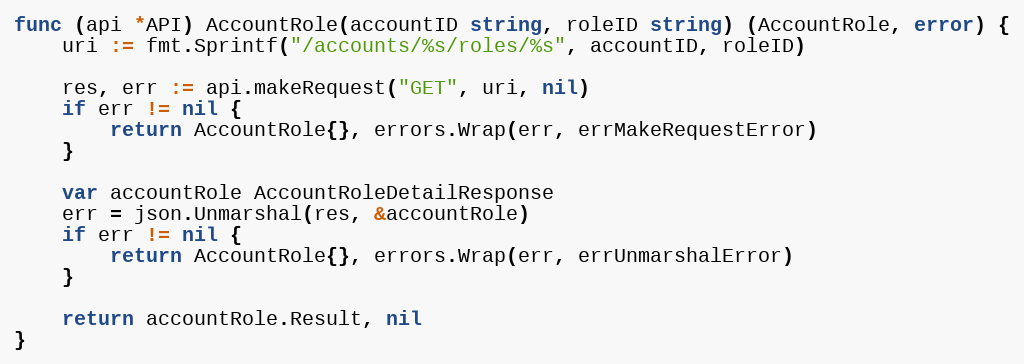
Language: Go
func (api *API) AccountRole(accountID string, roleID string) (AccountRole, error) {
	uri := fmt.Sprintf("/accounts/%s/roles/%s", accountID, roleID)

	res, err := api.makeRequest("GET", uri, nil)
	if err != nil {
		return AccountRole{}, errors.Wrap(err, errMakeRequestError)
	}

	var accountRole AccountRoleDetailResponse
	err = json.Unmarshal(res, &accountRole)
	if err != nil {
		return AccountRole{}, errors.Wrap(err, errUnmarshalError)
	}

	return accountRole.Result, nil
}